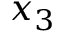
x _ { 3 }